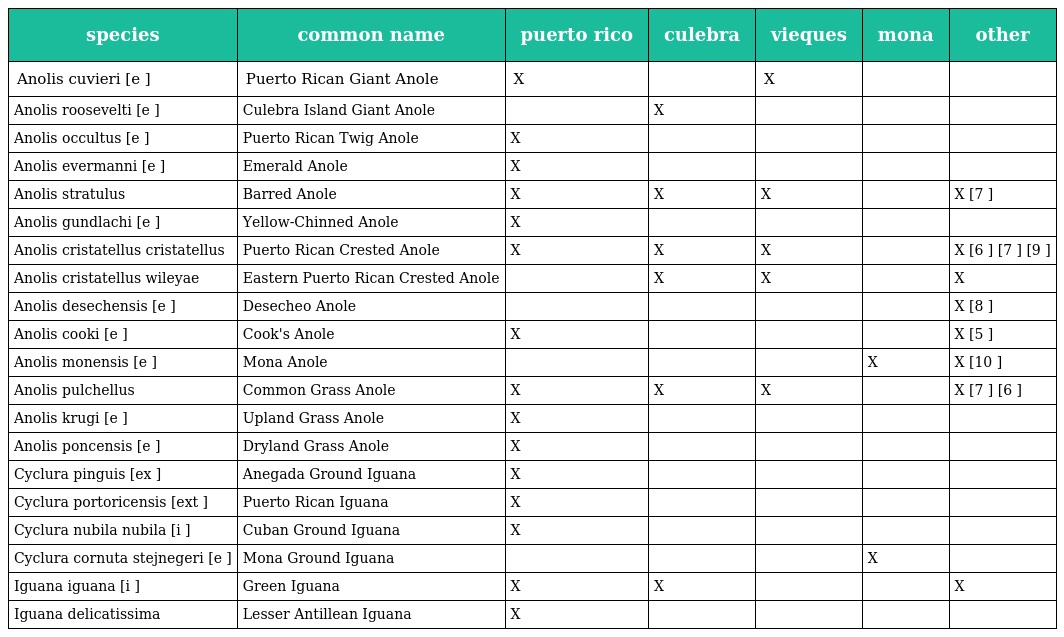
| species | common name | puerto rico | culebra | vieques | mona | other |
 | --- | --- | --- | --- | --- | --- | --- |
 | Anolis cuvieri [e ] | Puerto Rican Giant Anole | X |  | X |  |  |
 | Anolis roosevelti [e ] | Culebra Island Giant Anole |  | X |  |  |  |
 | Anolis occultus [e ] | Puerto Rican Twig Anole | X |  |  |  |  |
 | Anolis evermanni [e ] | Emerald Anole | X |  |  |  |  |
 | Anolis stratulus | Barred Anole | X | X | X |  | X [7 ] |
 | Anolis gundlachi [e ] | Yellow-Chinned Anole | X |  |  |  |  |
 | Anolis cristatellus cristatellus | Puerto Rican Crested Anole | X | X | X |  | X [6 ] [7 ] [9 ] |
 | Anolis cristatellus wileyae | Eastern Puerto Rican Crested Anole |  | X | X |  | X |
 | Anolis desechensis [e ] | Desecheo Anole |  |  |  |  | X [8 ] |
 | Anolis cooki [e ] | Cook's Anole | X |  |  |  | X [5 ] |
 | Anolis monensis [e ] | Mona Anole |  |  |  | X | X [10 ] |
 | Anolis pulchellus | Common Grass Anole | X | X | X |  | X [7 ] [6 ] |
 | Anolis krugi [e ] | Upland Grass Anole | X |  |  |  |  |
 | Anolis poncensis [e ] | Dryland Grass Anole | X |  |  |  |  |
 | Cyclura pinguis [ex ] | Anegada Ground Iguana | X |  |  |  |  |
 | Cyclura portoricensis [ext ] | Puerto Rican Iguana | X |  |  |  |  |
 | Cyclura nubila nubila [i ] | Cuban Ground Iguana | X |  |  |  |  |
 | Cyclura cornuta stejnegeri [e ] | Mona Ground Iguana |  |  |  | X |  |
 | Iguana iguana [i ] | Green Iguana | X | X |  |  | X |
 | Iguana delicatissima | Lesser Antillean Iguana | X |  |  |  |  |